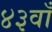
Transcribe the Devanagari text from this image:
४३वाँ